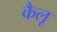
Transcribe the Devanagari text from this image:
कैलू